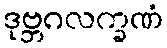
ဒုဗ္ဘဂလက္ခဏံ